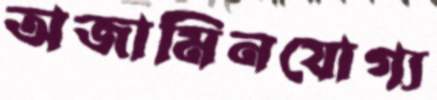
অজামিনযোগ্য